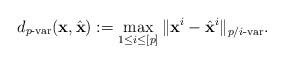
LaTeX: \begin{align*}d_{p\textrm{-}\mathrm{var}} (\mathbf{x}, \hat{\mathbf{x}}) := \max_{1 \le i \le [p]} \| \mathbf{x}^i - \hat{\mathbf{x}}^i \|_{p/i\textrm{-}\mathrm{var}}.\end{align*}